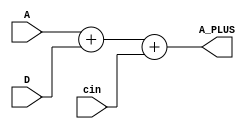
`timescale 1ps/1ps
module adder(input[6:0] D,input cin, input[6:0]A, output[6:0] A_PLUS );

    assign A_PLUS = A + D + cin;
    
endmodule